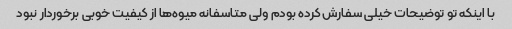
با اینکه تو توضیحات خیلی سفارش کرده بودم ولی متاسفانه میوه‌ها از کیفیت خوبی برخوردار نبود